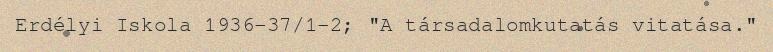
Erdélyi Iskola 1936–37/1–2; "A társadalomkutatás vitatása."